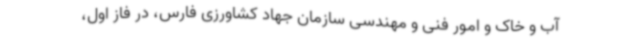
آب و خاک و امور فنی و مهندسی سازمان جهاد کشاورزی فارس، در فاز اول،